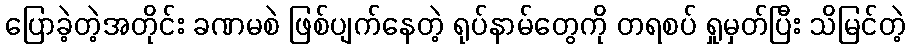
ပြောခဲ့တဲ့အတိုင်း ခဏမစဲ ဖြစ်ပျက်နေတဲ့ ရုပ်နာမ်တွေကို တရစပ် ရှုမှတ်ပြီး သိမြင်တဲ့